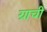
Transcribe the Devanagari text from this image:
ग्राची